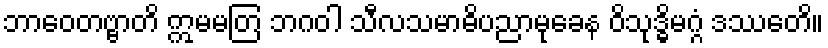
ဘာဝေတဗ္ဗာတိ ဣမမတြ ဘဂဝါ သီလသမာဓိပညာမုခေန ဝိသုဒ္ဓိမဂ္ဂံ ဒဿေတိ။